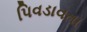
પિવડાવતા